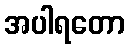
အပါရတော